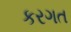
કરગત